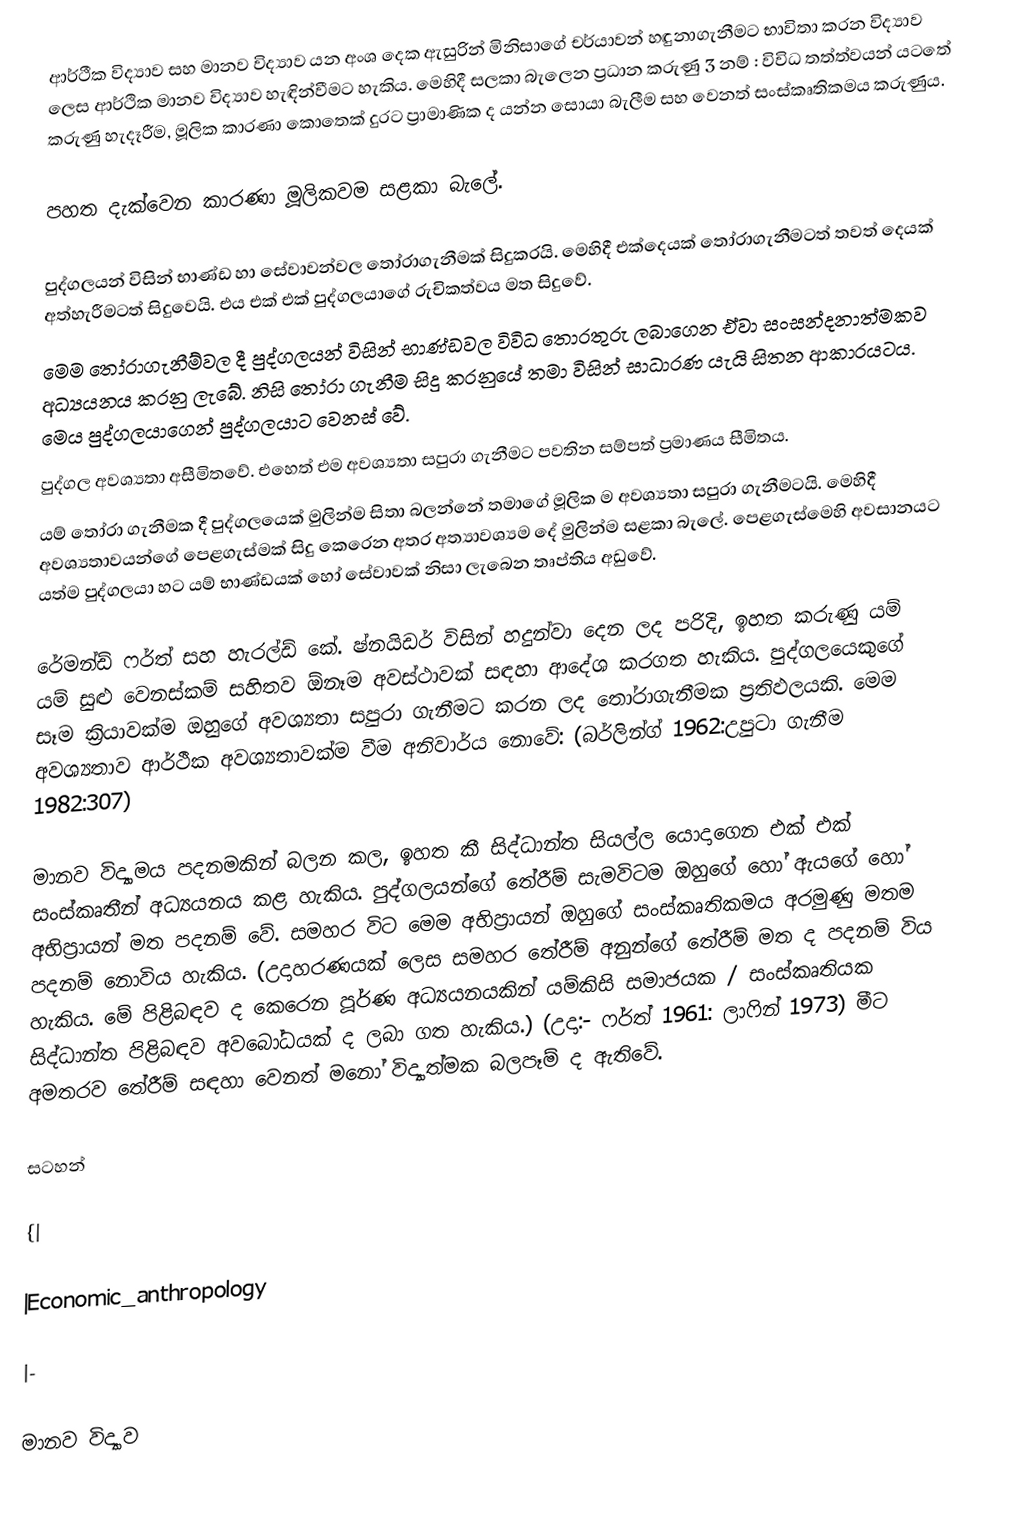
ආර්ථීක විද්‍යාව සහ මානව විද්‍යාව යන අංශ දෙක ඇසුරින් මිනිසාගේ චර්යාවන් හඳුනාගැනීමට භාවිතා කරන විද්‍යාව ලෙස ආර්ථික මානව විද්‍යාව හැඳින්වීමට හැකිය. මෙහිදී සලකා බැලෙන ප්‍රධාන කරුණු 3 නම් : විවිධ තත්ත්වයන් යටතේ කරුණු හැදෑරීම, මූලික කාරණා කොතෙක් දුරට ප්‍රාමාණික ද යන්න සොයා බැලීම සහ වෙනත් සංස්කෘතිකමය කරුණුය.

පහත දැක්වෙන කාරණා මූලිකවම සළකා බැලේ.

පුද්ගලයන් විසින් භාණ්ඩ හා සේවාවන්වල තෝරාගැනීමක් සිදුකරයි. මෙහිදී එක්දෙයක් තෝරාගැනීමටත් තවත් දෙයක් අත්හැරීමටත් සිදුවෙයි. එය එක් එක් පුද්ගලයාගේ රුචිකත්වය මත සිදුවේ.
මෙම තෝරාගැනීම්වල දී පුද්ගලයන් විසින්  භාණ්ඩවල විවිධ තොරතුරු ලබාගෙන ඒවා සංසන්දනාත්මකව අධ්‍යයනය කරනු ලැබේ. නිසි තෝරා ගැනීම සිදු කරනුයේ තමා විසින් සාධාරණ යැයි සිතන ආකාරයටය. මෙය පුද්ගලයාගෙන් පුද්ගලයාට වෙනස් වේ.
 පුද්ගල අවශ්‍යතා අසීමිතවේ. එහෙත් එම අවශ්‍යතා සපුරා ගැනීමට පවතින සම්පත් ප්‍රමාණය සීමිතය.
යම් තෝරා ගැනීමක දී පුද්ගලයෙක් මුලින්ම සිතා බලන්නේ තමාගේ මූලික ම අවශ්‍යතා සපුරා ගැනීමටයි. මෙහිදී අවශ්‍යතාවයන්ගේ පෙළගැස්මක් සිදු කෙරෙන අතර අත්‍යාවශ්‍යම දේ මුලින්ම සළකා බැලේ. පෙළගැස්මෙහි අවසානයට යත්ම පුද්ගලයා හට යම් භාණ්ඩයක් හෝ සේවාවක් නිසා ලැබෙන තෘප්තිය අඩුවේ.

රේමන්ඩ් ෆර්ත් සහ හැරල්ඩ් කේ. ෂ්නයිඩර් විසින් හදුන්වා දෙන ලද පරිදි, ඉහත කරුණු යම් යම් සුළු වෙනස්කම් සහිතව ඕනෑම අවස්ථාවක් සඳහා ආදේශ කරගත හැකිය. පුද්ගලයෙකුගේ සෑම ක්‍රියාවක්ම ඔහුගේ අවශ්‍යතා සපුරා ගැනීමට කරන ලද තෝරාගැනීමක ප්‍රතිඵලයකි. මෙම අවශ්‍යතාව ආර්ථීක අවශ්‍යතාවක්ම වීම අනිවාර්ය නොවේ: (බර්ලින්ග් 1962:උපුටා ගැනීම 1982:307)

මානව විද්‍යාමය පදනමකින් බලන කල, ඉහත කී සිද්ධාන්ත සියල්ල යොදාගෙන එක් එක් සංස්කෘතීන් අධ්‍යයනය කළ හැකිය. පුද්ගලයන්ගේ තේරීම් සැමවිටම ඔහුගේ හෝ ඇයගේ හෝ අභිප්‍රායන් මත පදනම් වේ. සමහර විට මෙම අභිප්‍රායන් ඔහුගේ සංස්කෘතිකමය අරමුණු මතම පදනම් නොවිය හැකිය. (උදාහරණයක් ලෙස සමහර තේරීම් අනුන්ගේ තේරීම් මත ද පදනම් විය හැකිය. මේ පිළිබඳව ද කෙරෙන පූර්ණ අධ්‍යයනයකින් යම්කිසි සමාජයක / සංස්කෘතියක සිද්ධාන්ත පිළිබඳව අවබෝධයක් ද ලබා ගත හැකිය.) (උදා:- ෆර්ත් 1961: ලාෆින් 1973) මීට අමතරව තේරීම් සඳහා වෙනත් මනෝ විද්‍යාත්මක බලපෑම් ද ඇතිවේ.

සටහන්

{|

|Economic_anthropology

|-

මානව විද්‍යාව